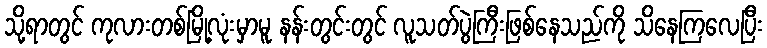
သို့ရာတွင် ကုလားတစ်မြို့လုံးမှာမူ နန်းတွင်းတွင် လူသတ်ပွဲကြီးဖြစ်နေသည်ကို သိနေကြလေပြီး